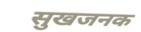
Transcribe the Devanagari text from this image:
सुखजनक